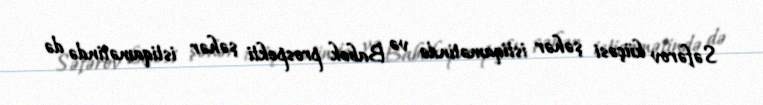
Səfərov küçəsi şəhər istiqamətində və Babək prospekti şəhər istiqamətində də